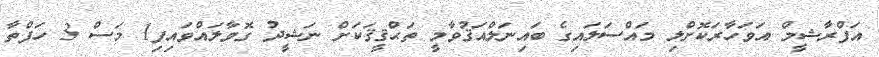
އަފްރާޝީމް އަވަހާރަކޮށްލި މައްސަލައިގެ ބައިނަލްއަޤުވާމީ ތަޙްޤީޤަކަށް ނަޝީދު ގޮވާލައްވައިފި1 މަސް 3 ހަފްތާ